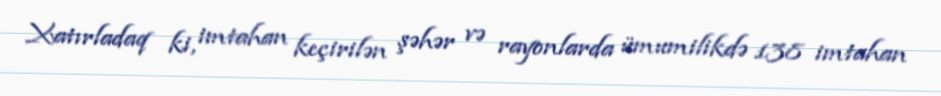
Xatırladaq ki, imtahan keçirilən şəhər və rayonlarda ümumilikdə 138 imtahan